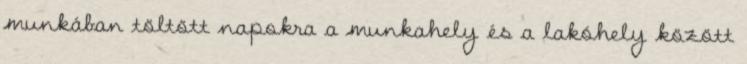
munkában töltött napokra a munkahely és a lakóhely között